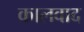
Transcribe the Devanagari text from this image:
कालवाद